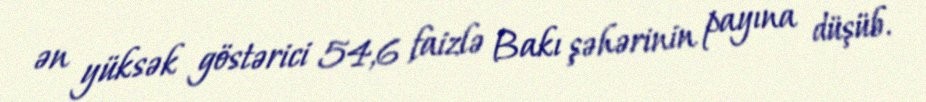
ən yüksək göstərici 54,6 faizlə Bakı şəhərinin payına düşüb.